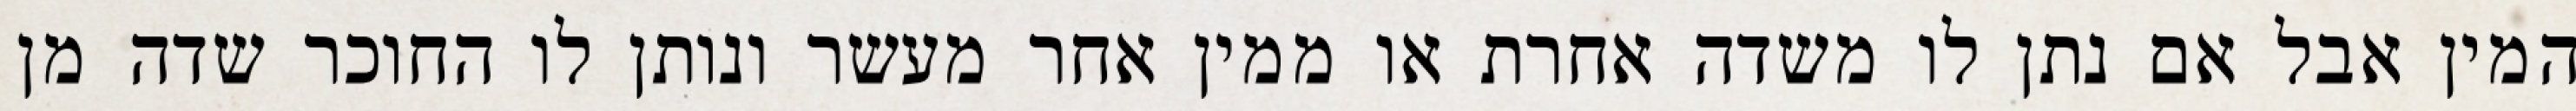
המין אבל אם נתן לו משדה אחרת או ממין אחר מעשר ונותן לו החוכר שדה מן